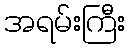
အရမ်းကြီး